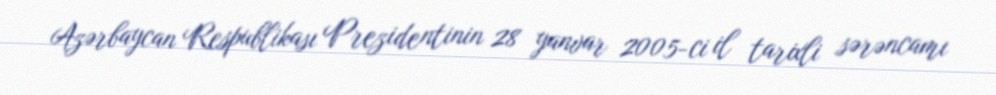
Azərbaycan Respublikası Prezidentinin 28 yanvar 2005-ci il tarixli sərəncamı